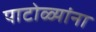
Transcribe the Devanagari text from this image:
पाटोळ्यांना